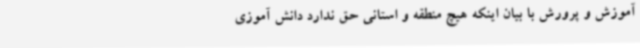
آموزش و پرورش با بیان اینکه هیچ منطقه و استانی حق ندارد دانش آموزی